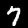
Digit: 7